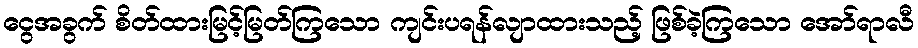
ငွေအခွက် စိတ်ထားမြင့်မြတ်ကြသော ကျင်းပရန်လျာထားသည့် ဖြစ်ခဲ့ကြသော အော်ရာလီ